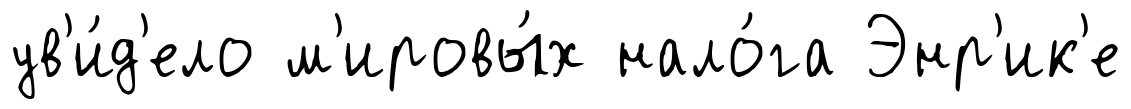
ув'и́д'ело м'ировы́х нало́га Энр'ик'е